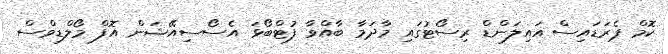
ކޮމް ޕެރަޑައިސް އައިލަންޑް ރިސޯޓުގައި މާދަމާ ބާއްވާ ފުޓްބޯޅަ އެސޯސިއޭޝަން އޮފް މޯލްޑިވްސް